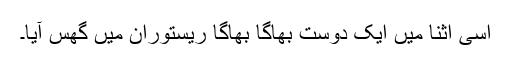
اسی اثنا میں ایک دوست بھاگا بھاگا ریستوران میں گھس آیا۔